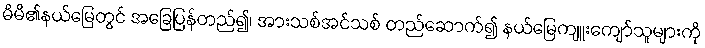
မိမိ၏နယ်မြေတွင် အခြေပြန်တည်၍၊ အားသစ်အင်သစ် တည်ဆောက်၍ နယ်မြေကျူးကျော်သူများကို